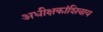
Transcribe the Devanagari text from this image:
अधीक्षकांशिवाय